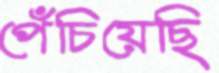
পেঁচিয়েছি